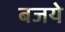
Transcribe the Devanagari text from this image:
बजये